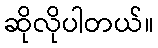
ဆိုလိုပါတယ်။